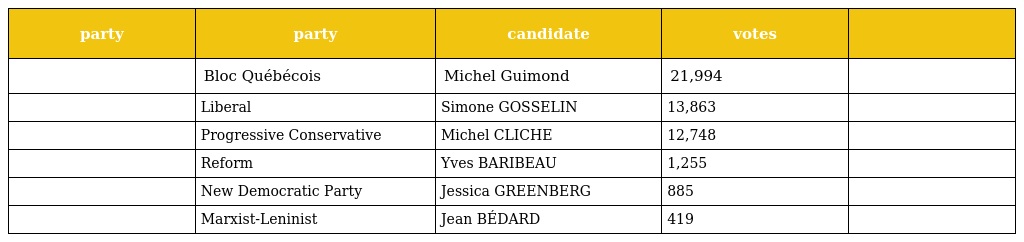
| party | party | candidate | votes |  |
 | --- | --- | --- | --- | --- |
 |  | Bloc Québécois | Michel Guimond | 21,994 |  |
 |  | Liberal | Simone GOSSELIN | 13,863 |  |
 |  | Progressive Conservative | Michel CLICHE | 12,748 |  |
 |  | Reform | Yves BARIBEAU | 1,255 |  |
 |  | New Democratic Party | Jessica GREENBERG | 885 |  |
 |  | Marxist-Leninist | Jean BÉDARD | 419 |  |